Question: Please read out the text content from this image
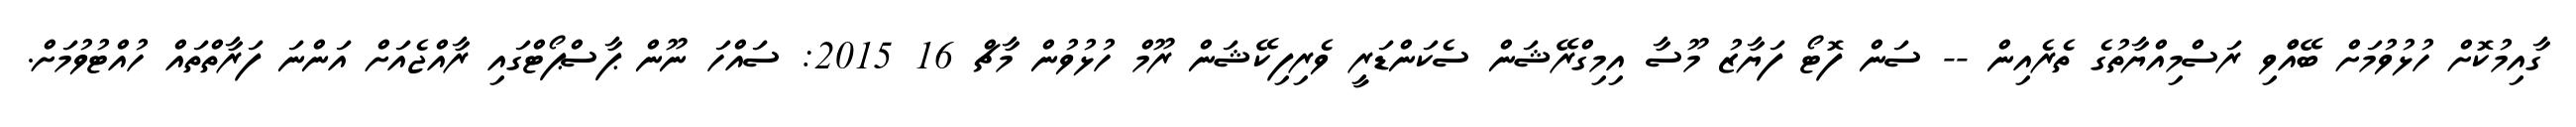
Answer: ގާއިމުކޮށް ހުޅުވުމަށް ބޭއްްވި ރަސްމިއްޔާތުގެ ތެރެއިން -- ސަން ފޮޓޯ ފަޔާޒު މޫސާ އިމިގްރޭޝަން ސެކަންޑަރީ ވެރިފިކޭޝަން ރޫމް ހުޅުވުން މާޗް 16 2015: ސައްހަ ނޫން ޕާސްޕޯޓްގައި ރާއްޖެއަށް އަންނަ ފަރާތްތައް ހުއްޓުވުމަށް.